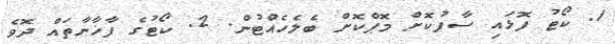
1. ކޯޓު ފޮޅައި ސާފުކޮށް މޮޕްކޮށް ބެލެހެއްޓުން. 2. ކޯޓުގެ ފާޚާނާތައް ދޮވެ